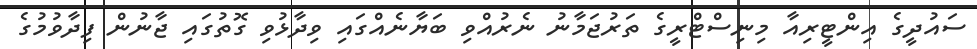
ސައުދީގެ އިންޓީރިއާ މިނިސްޓްރީގެ ތަރުޖަމާނު ނެރުއްވި ބަޔާނެއްގައި ވިދާޅުވި ގޮތުގައި ޖާނުން ފިދާވުމުގެ